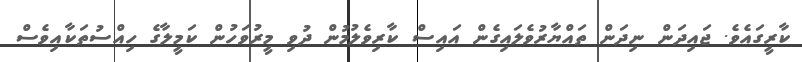
ކާރީގައެވެ. ޖައިދަން ނިދަން ތައްޔާރުވެލައިގެން އައިސް ކާރިވެލުމުން ދުވި މީރުވަހުން ކަމީލާގެ ހިއްސުތަކާއިވެސް